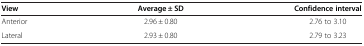
<table><thead><tr><td><b>View</b></td><td><b>Average ± SD</b></td><td><b>Confidence interval</b></td></tr></thead><tbody><tr><td>Anterior</td><td>2.96 ± 0.80</td><td>2.76 to 3.10</td></tr><tr><td>Lateral</td><td>2.93 ± 0.80</td><td>2.79 to 3.23</td></tr></tbody></table>